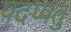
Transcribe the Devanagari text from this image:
पदप्पतु